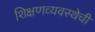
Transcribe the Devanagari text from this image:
शिक्षणव्यवस्थेची